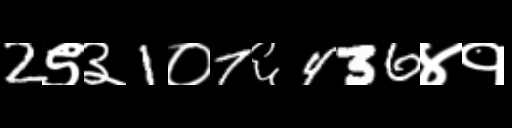
Text: 2९३1०7६436४१